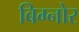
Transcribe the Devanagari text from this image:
बिग्नोर